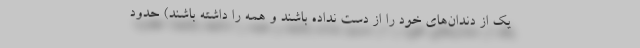
یک از دندان‌های خود را از دست نداده باشند و همه را داشته باشند) حدود